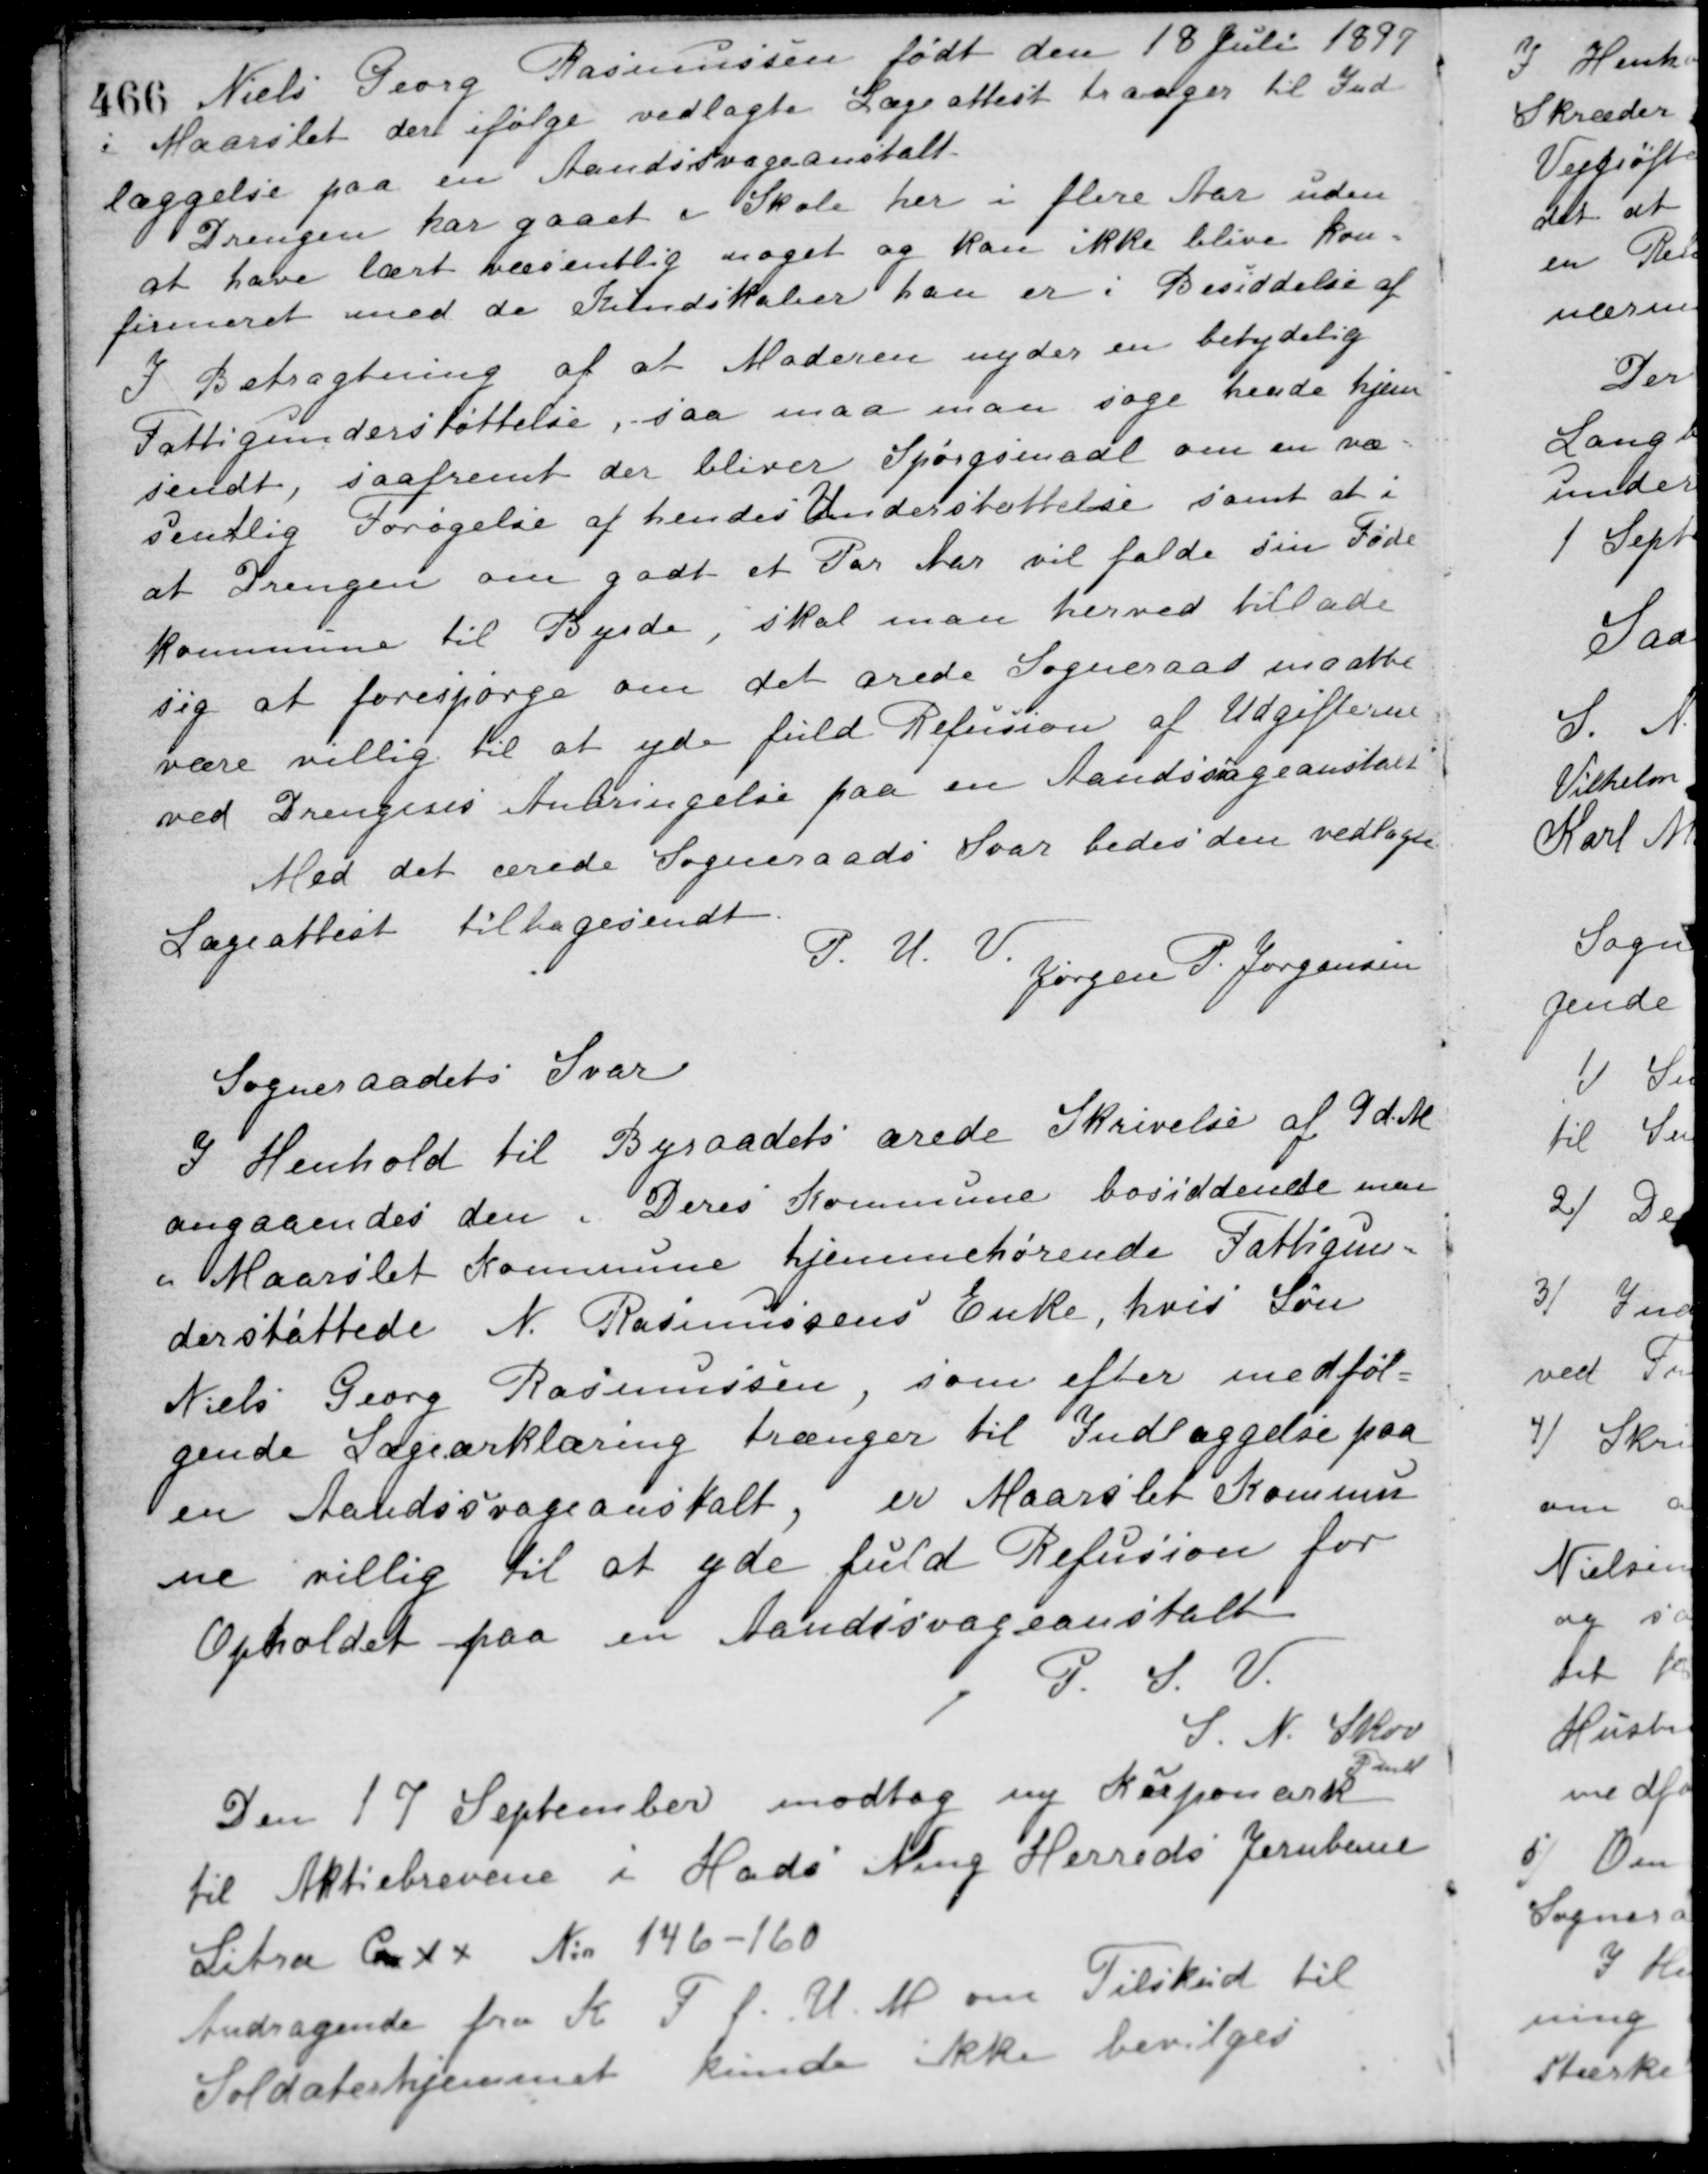
Transskription:
Niels Georg Rasmussen født den 18 Juli 1897
i Maarslet der ifølge vedlagte Lægeattest trænger til Ind-
læggelse paa en Aandssvageanstalt.
Drengen har gaaet i Skole her i flere Aar uden
at have lært væsentlig noget og kan ikke blive kon-
firmeret med de Kundskaber han er i Besiddelse af.
I Betragtning af at Moderen nyder en betydelig
Fattigunderstøttelse, saa maa man søge hende hjem-
sendt, saafremt der bliver Spørgsmaal om en væ-
sentlig Forøgelse af hendes Understøttelse samt at i
at Drengen om godt et Par Aar vil falde sin Føde-
kommune til Byrde, skal man herved tillade
sig at forespørge om det ærede Sogneraad maatte
være villig til at yde fuld Refusion af Udgifterne
ved Drengens Anbringelse paa en Aandssvageanstalt
Med det ærede Sogneraads Svar bedes den vedlagte
Lægeattest tilbagesendt.
P. U. V.
Jørgen P. Jørgensen
Sogneraadets Svar
I Henhold til Byraadets ærede Skrivelse af 9 d. M.
angaaendes den i Deres Kommune bosiddende men
i Maarslet Kommune hjemmehørende Fattigun-
derstøttede N. Rasmussens Enke, hvis Søn
Niels Georg Rasmussen, som efter medføl-
gende Lægeerklæring trænger til Indlæggelse paa
en Aandssvageanstalt, er Maarslet Kommu
ne villig til at yde fuld Refusion for
Opholdet paa en Aandssvageanstalt.
P. S. V.
S. N. Skov
Fmd.
Den 17 September modtog ny Kuponark
til Aktiebrevene i Hads Ning Herreds Jernbane
Litra Cxx No 146-160
Andragende fra K. F. f. U. M. om Tilskud til
Soldaterhjemmet
kunde ikke bevilges